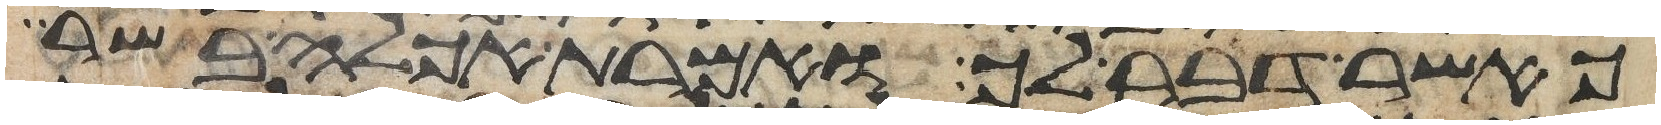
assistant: כאשר דבר לך ואמרת אכלה בשר